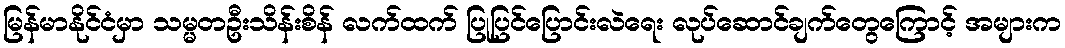
မြန်မာနိုင်ငံမှာ သမ္မတဦးသိန်းစိန် လက်ထက် ပြုပြင်ပြောင်းလဲရေး လုပ်ဆောင်ချက်တွေကြောင့် အများက